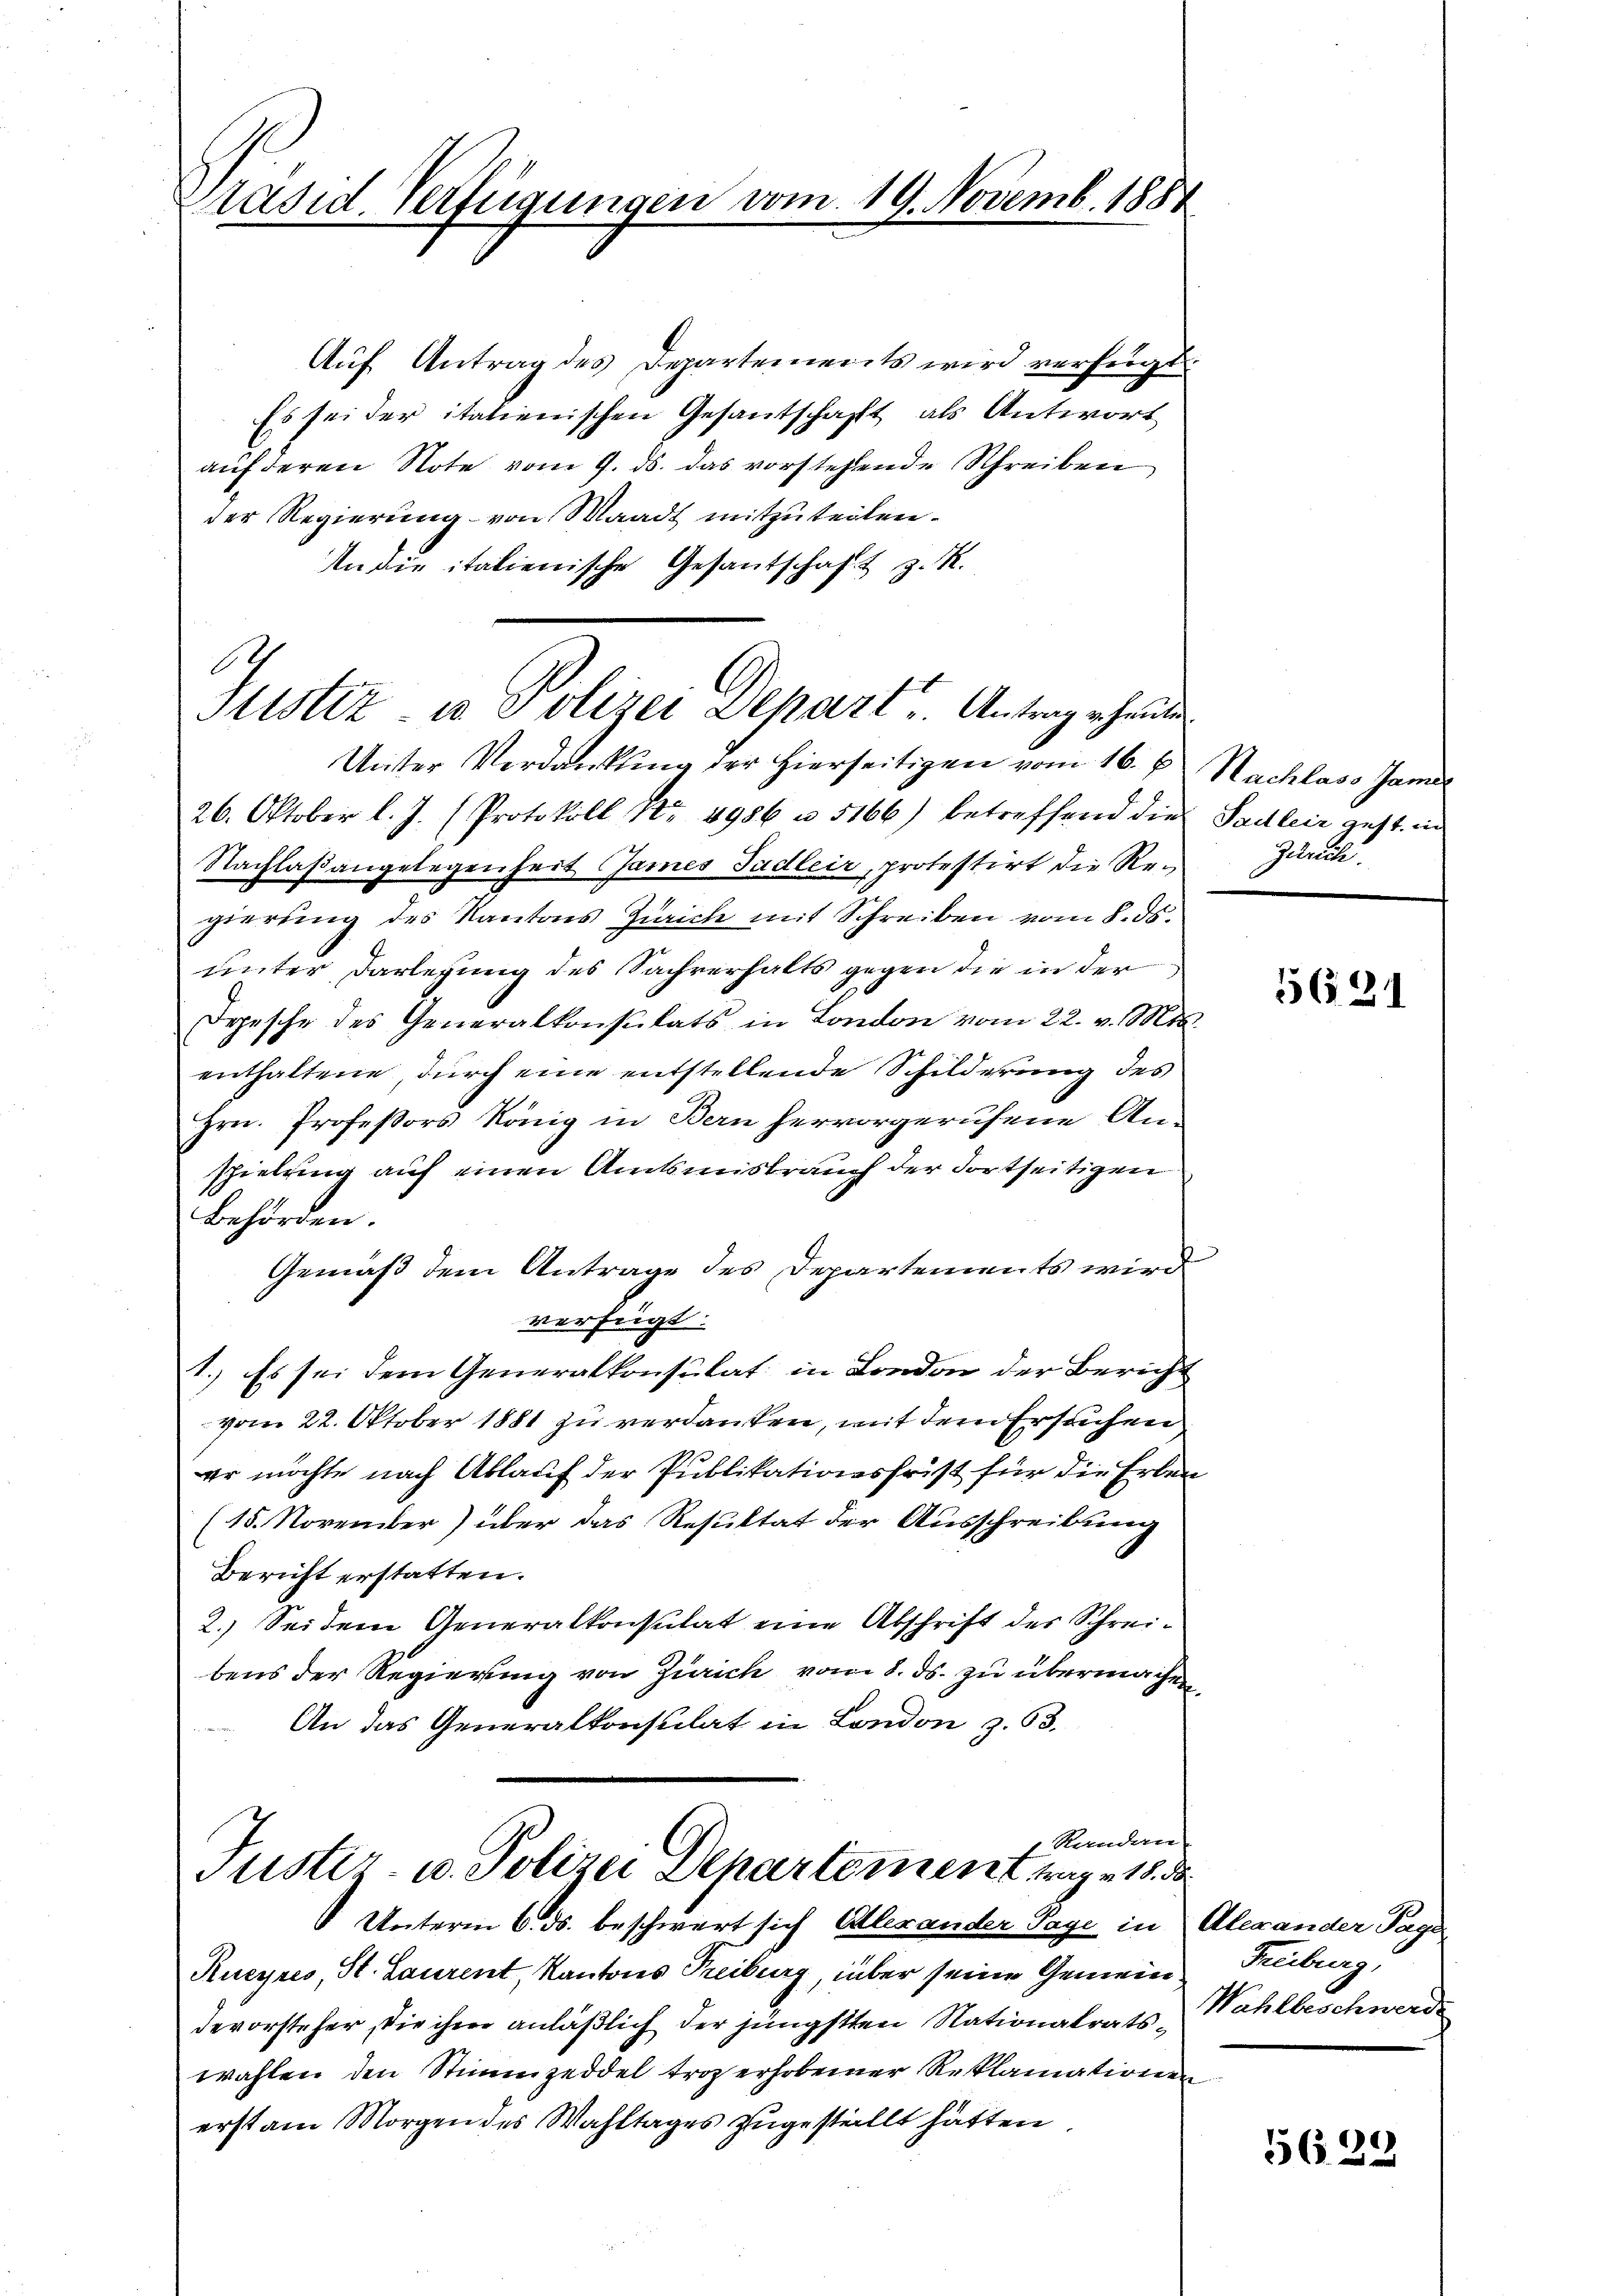
Präsid. Verfügungen vom 19. Novemb. 1884

Auf Antrag des Departements wird verfügt
Es sei der italienischen Gesantschafft, als Antwort
auf deren Note vom 9. ds. das vorstehende Schreiben
der Regierung von Waadt mitzuteilen.
An die italienische Gesantschaft z. R.
1
Stistiz in Polizei Depart Antrag erheiten

Unster Verdankung der hierseitigen vom 16. b. Nachlaso Janu
26. Oktober l. J. (Protokoll No 4986 u. 5166) betreffend die Sadlein gest. ein
Nachlaßangelegenheit James Tadler, protestirt die Regierung des Kantons Zürich mit Schreiben vom 8. ds.
unter Darlegung des Sachverhalts gegen die in der
Depesche des Generalkonsulats in London vom 22. v. Mts.
enthaltene, durch eine entstellende Schilderung des
Hrn. Profeßors König in Bern hervorgerufene An-
spielung auf einen Amtsmisbrauch der Fortseitigen
Behörden.
Gemäß dem Antrage des Departements wird
verfügt:
1.) Es sei dem Generalkonsulat in London der Bericht
vom 22. Oktober 1881 zu verdanken, mit dem Ersuchen
er möchte nach Ablauf der Publikationsfrist für die Erben
(15. November) über das Resultat der Ausschreibung
Bericht erstatten.
2.) Seidem Generalkonsulat eine Abschrift des Schreibens der Regierung von Zürich vom 8. ds. zu übermachen,
An das Generalkonsulat in London z. 63.
 Randan
Justiz- u. Polizei Departement tage 18. 3
Unterm 6. ds. beschwert sich Alexander Tage in Alexander Tage
Rucyres, St. Laurent, Kantons Treiburg, über seine Gemeindevorsteher, die ihm anläßlich der jüngsten Nationalratswahlen den Stimmzeddel troz erhobener Reklamationen
erst am Morgen des Wahltages zugestellt hätten

Zürich.

5621

Freiburg,
Wahlbeschwerde

5629